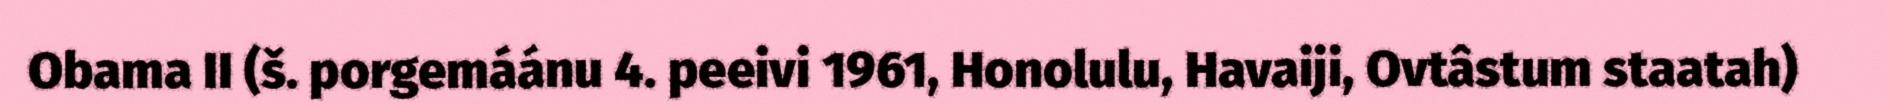
Obama II (š. porgemáánu 4. peeivi 1961, Honolulu, Havaiji, Ovtâstum staatah)